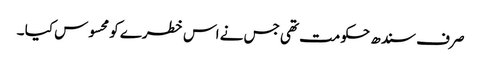
صر ف سندھ حکومت تھی جس نے اس خطرے کو محسوس کیا ۔